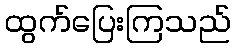
ထွက်ပြေးကြသည်